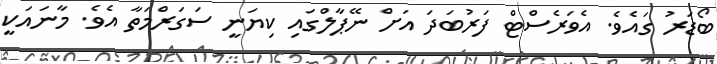
ބޯޑަރު ގައެވެ. އެވަރެސްޓް ފަރުބަދަ އަށް ނޭޕާލްގައި ކިޔަނީ ސަގަރްމަތާ އެވެ. މާނައަކީ